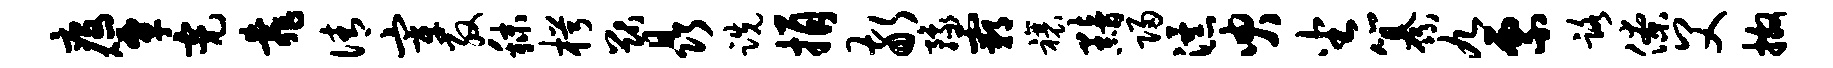
疫簟亮靠倩宰殷秣枵猷晶跣捐敬豫霸禳黯归瀑臾坐纂九票路僚父撒